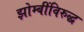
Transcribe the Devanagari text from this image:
झोम्बींविरुद्ध